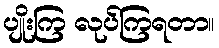
ပျိုးကြ လုပ်ကြရတာ။